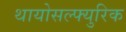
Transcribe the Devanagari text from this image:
थायोसल्फ्युरिक